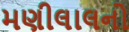
મણીલાલનો